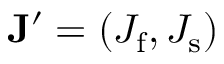
\mathbf { J } ^ { \prime } = ( J _ { \mathrm { f } } , J _ { \mathrm { s } } )